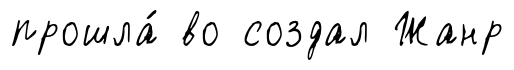
прошла́ во создал Жанр